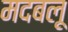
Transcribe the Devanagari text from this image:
मदबलू